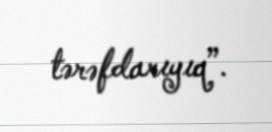
tərəfdarıyıq”.